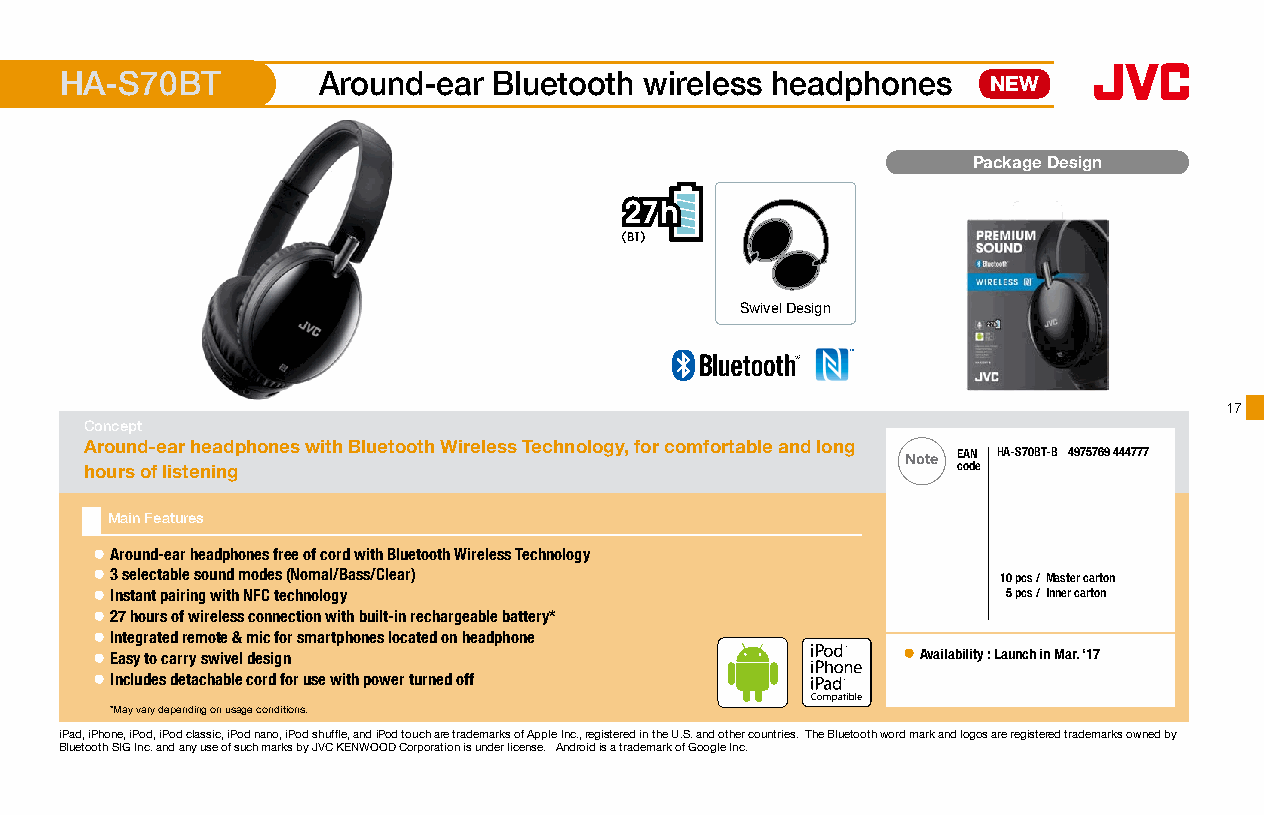
HA-S70BT         Around-ear  Bluetooth wireless headphones    NEW
 Package Design
 Swivel Design
 1177
 Concept
 Around-ear headphones with Bluetooth Wireless Technology, for comfortable and long
 Note EAN HA-S70BT-B 4975769 444777
 hours of listening                                       code
 Main Features
 ● Around-ear headphones free of cord with Bluetooth Wireless Technology
 ● 3 selectable sound modes (Nomal/Bass/Clear)               10 pcs /Master carton
 ● Instant pairing with NFC technology                        5 pcs /Inner carton
 ● 27 hours of wireless connection with built-in rechargeable battery*
 ● Integrated remote & mic for smartphones located on headphone
 ● Easy to carry swivel design                         ● Availability : Launch in Mar. ‘17
 16 x 16mm
 ● Includes detachable cord for use with power turned off
 *May vary depending on usage conditions.
 iPad, iPhone, iPod, iPod classic, iPod nano, iPod shuffle, and iPod touch are trademarks of Apple Inc., registered in the U.S. and other countries. The Bluetooth word mark and logos are registered trademarks owned by
 Bluetooth SIG Inc. and any use of such marks by JVC KENWOOD Corporation is under license. Android is a trademark of Google Inc.